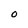
Character: O